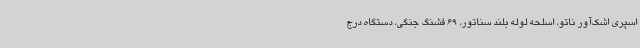
اسپری اشک‌آور ناتو، اسلحه لوله بلند سناتور، 69 فشنگ جنگی، دستگاه درج